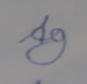
Signature authenticity: forged